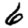
Digit: 6